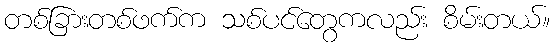
တစ်ခြားတစ်ဖက်က သစ်ပင်တွေကလည်း စိမ်းတယ်။